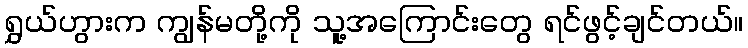
ရွှယ်ဟွားက ကျွန်မတို့ကို သူ့အကြောင်းတွေ ရင်ဖွင့်ချင်တယ်။